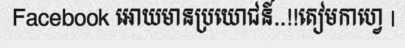
Facebook អោយមានប្រយោជន៍..!!តៀមកាហ្វេ |